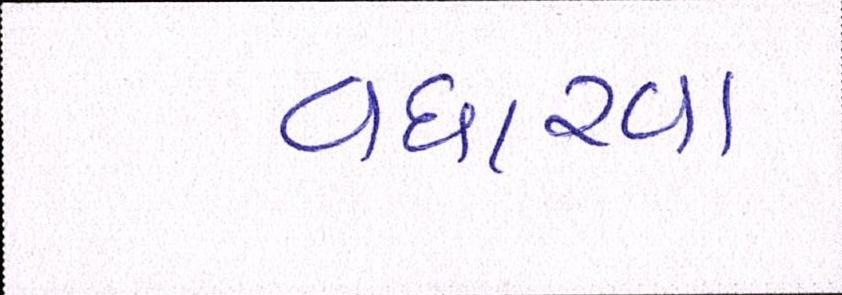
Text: વધારવા